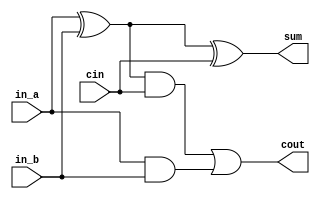
module FullBitAdder(output sum,output cout, input in_a,input in_b,input cin);
	assign sum = (in_a ^ in_b) ^ cin;
	assign cout = ((in_a ^ in_b) & cin) | (in_a & in_b);
endmodule